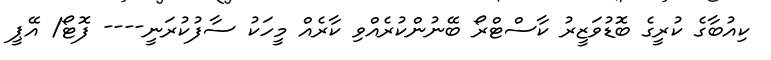
ކިއުބާގެ ކުރީގެ ބޮޑުވަޒީރު ކާސްޓްރޯ ބޭނުންކުރެެއްވި ކާރެއް މީހަކު ސާފުކުރަނީ---- ފޮޓޯ/ އޭޕީ